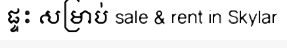
ផ្ទះ សម្រាប់ sale & rent in Skylar